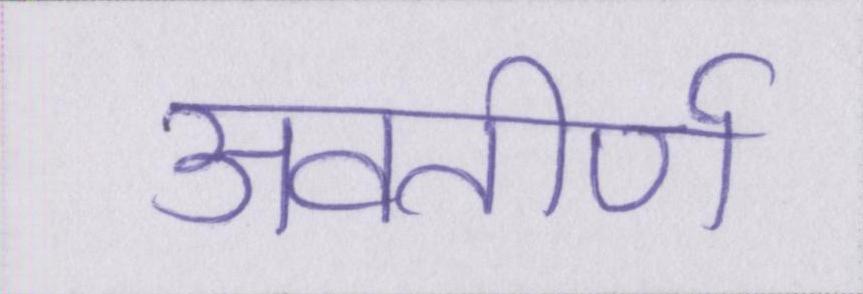
अवतीर्ण